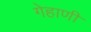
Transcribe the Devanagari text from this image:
गेहाणी